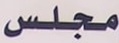
مجلس